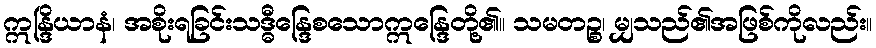
ဣန္ဒြိယာနံ၊ အစိုးရခြင်းသဒ္ဓီန္ဒြေစသောဣန္ဒြေတို့၏။ သမတဉ္စ၊ မျှသည်၏အဖြစ်ကိုလည်း။